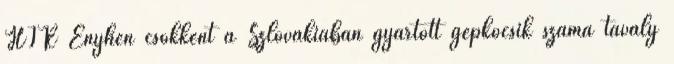
HÍR Enyhén csökkent a Szlovákiában gyártott gépkocsik száma tavaly